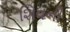
શિવની